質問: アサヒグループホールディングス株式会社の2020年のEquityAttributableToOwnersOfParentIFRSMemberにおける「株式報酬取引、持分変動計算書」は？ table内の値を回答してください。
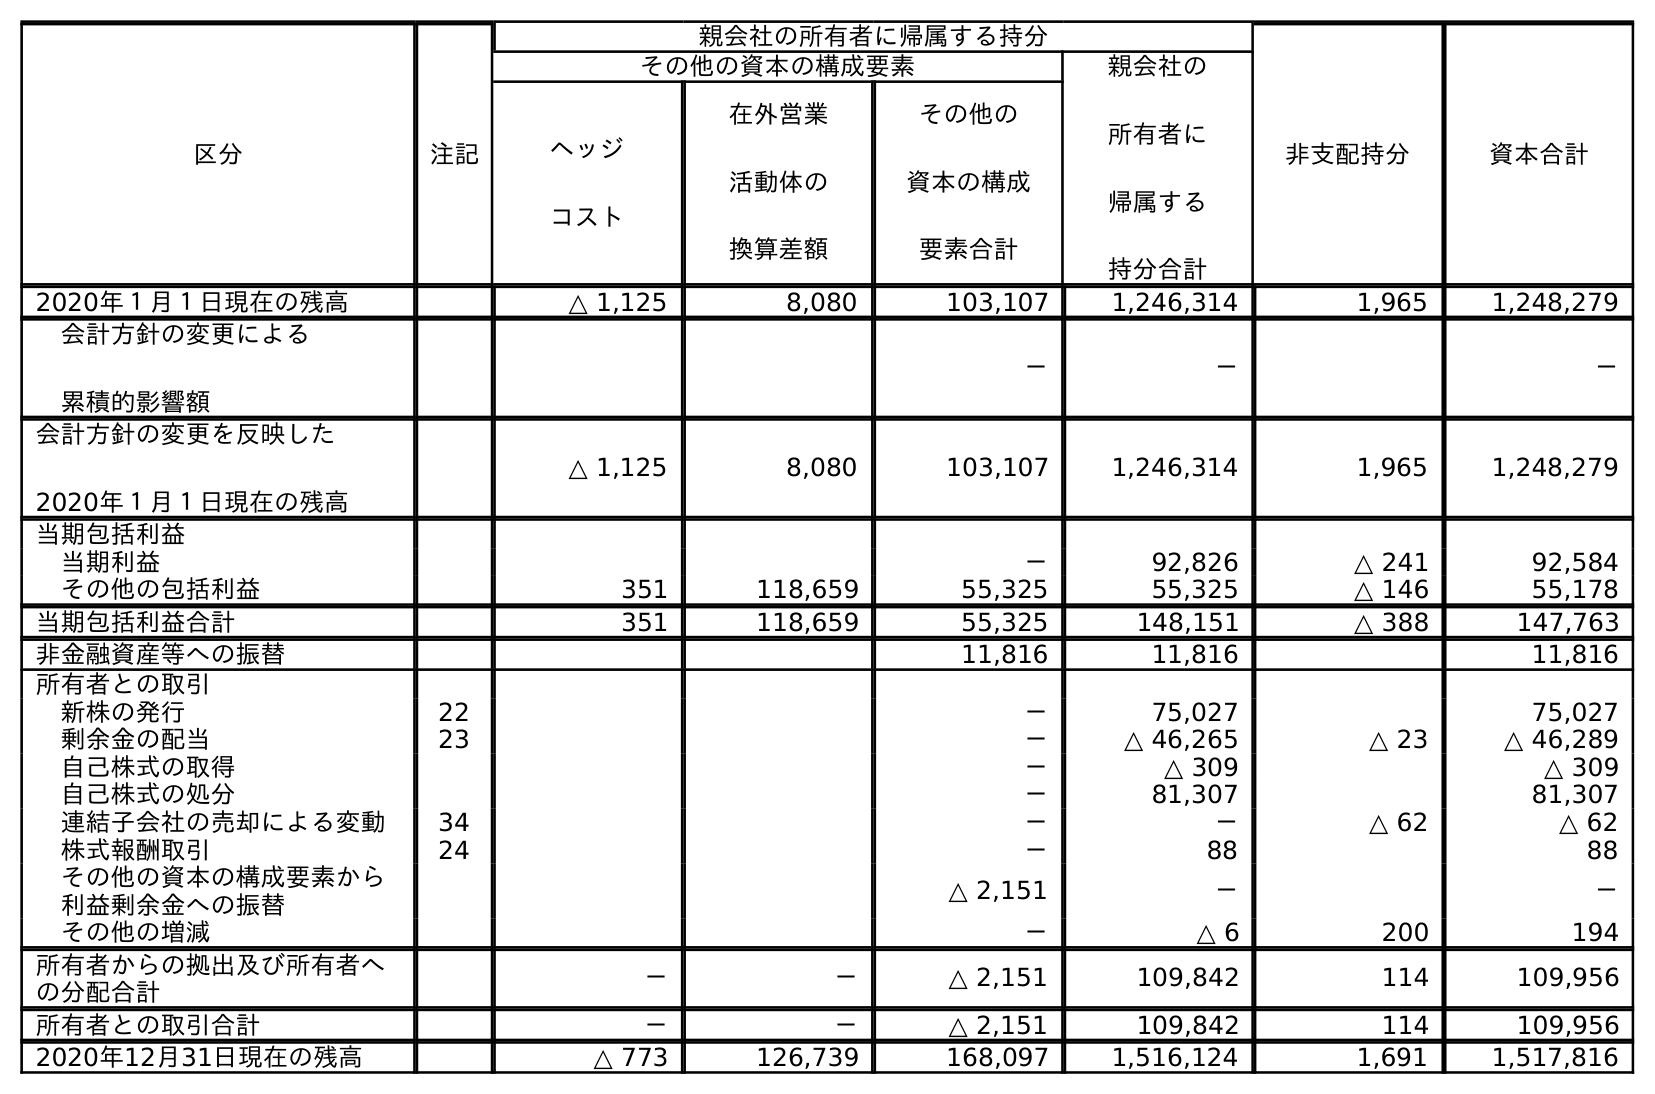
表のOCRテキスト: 区分 注記 親会社の所有者に帰属する持分 非支配持分 資本合計 その他の資本の構成要素 親会社の 所有者に 帰属する 持分合計 ヘッジ コスト 在外営業 活動体の 換算差額 その他の 資本の構成 要素合計 2020年１月１日現在の残高 △ 1,125 8,080 103,107 1,246,314 1,965 1,248,279 会計方針の変更による 累積的影響額 － － － 会計方針の変更を反映した 2020年１月１日現在の残高 △ 1,125 8,080 103,107 1,246,314 1,965 1,248,279 当期包括利益 当期利益 － 92,826 △ 241 92,584 その他の包括利益 351 118,659 55,325 55,325 △ 146 55,178 当期包括利益合計 351 118,659 55,325 148,151 △ 388 147,763 非金融資産等への振替 11,816 11,816 11,816 所有者との取引 新株の発行 22 － 75,027 75,027 剰余金の配当 23 － △ 46,265 △ 23 △ 46,289 自己株式の取得 － △ 309 △ 309 自己株式の処分 － 81,307 81,307 連結子会社の売却による変動 34 － － △ 62 △ 62 株式報酬取引 24 － 88 88 その他の資本の構成要素から 利益剰余金への振替 △ 2,151 － － その他の増減 － △ 6 200 194 所有者からの拠出及び所有者へ の分配合計 － － △ 2,151 109,842 114 109,956 所有者との取引合計 － － △ 2,151 109,842 114 109,956 2020年12月31日現在の残高 △ 773 126,739 168,097 1,516,124 1,691 1,517,816
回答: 88